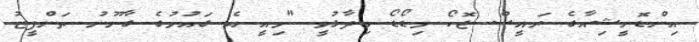
އިންޑޮނީޝިއާގެ ރައީސް ޖޮކޯ ވިޑޯޑޯ ވިދާޅުވީ "މިއީ އެ ގައުމުގެ ގާނޫނު ތަންފީޒު